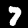
Label: 7